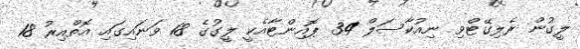
ލީގުން ރެލިގޭޓްވި ނިއުކާސަލް 34 ޕޮއިންޓާއެކީ ލީގުގެ 18 ވަނައިގައި އޮތްއިރު 18